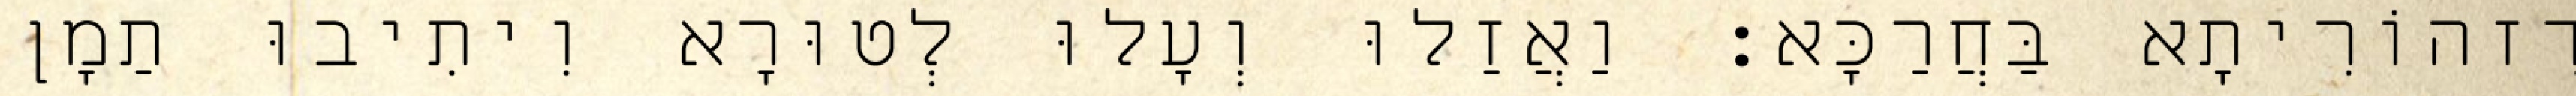
דִזהוֹרִיתָא בַּחֲרַכָּא׃ וַאֲזַלוּ וְעָלוּ לְטוּרָא וִיתִיבוּ תַמָן